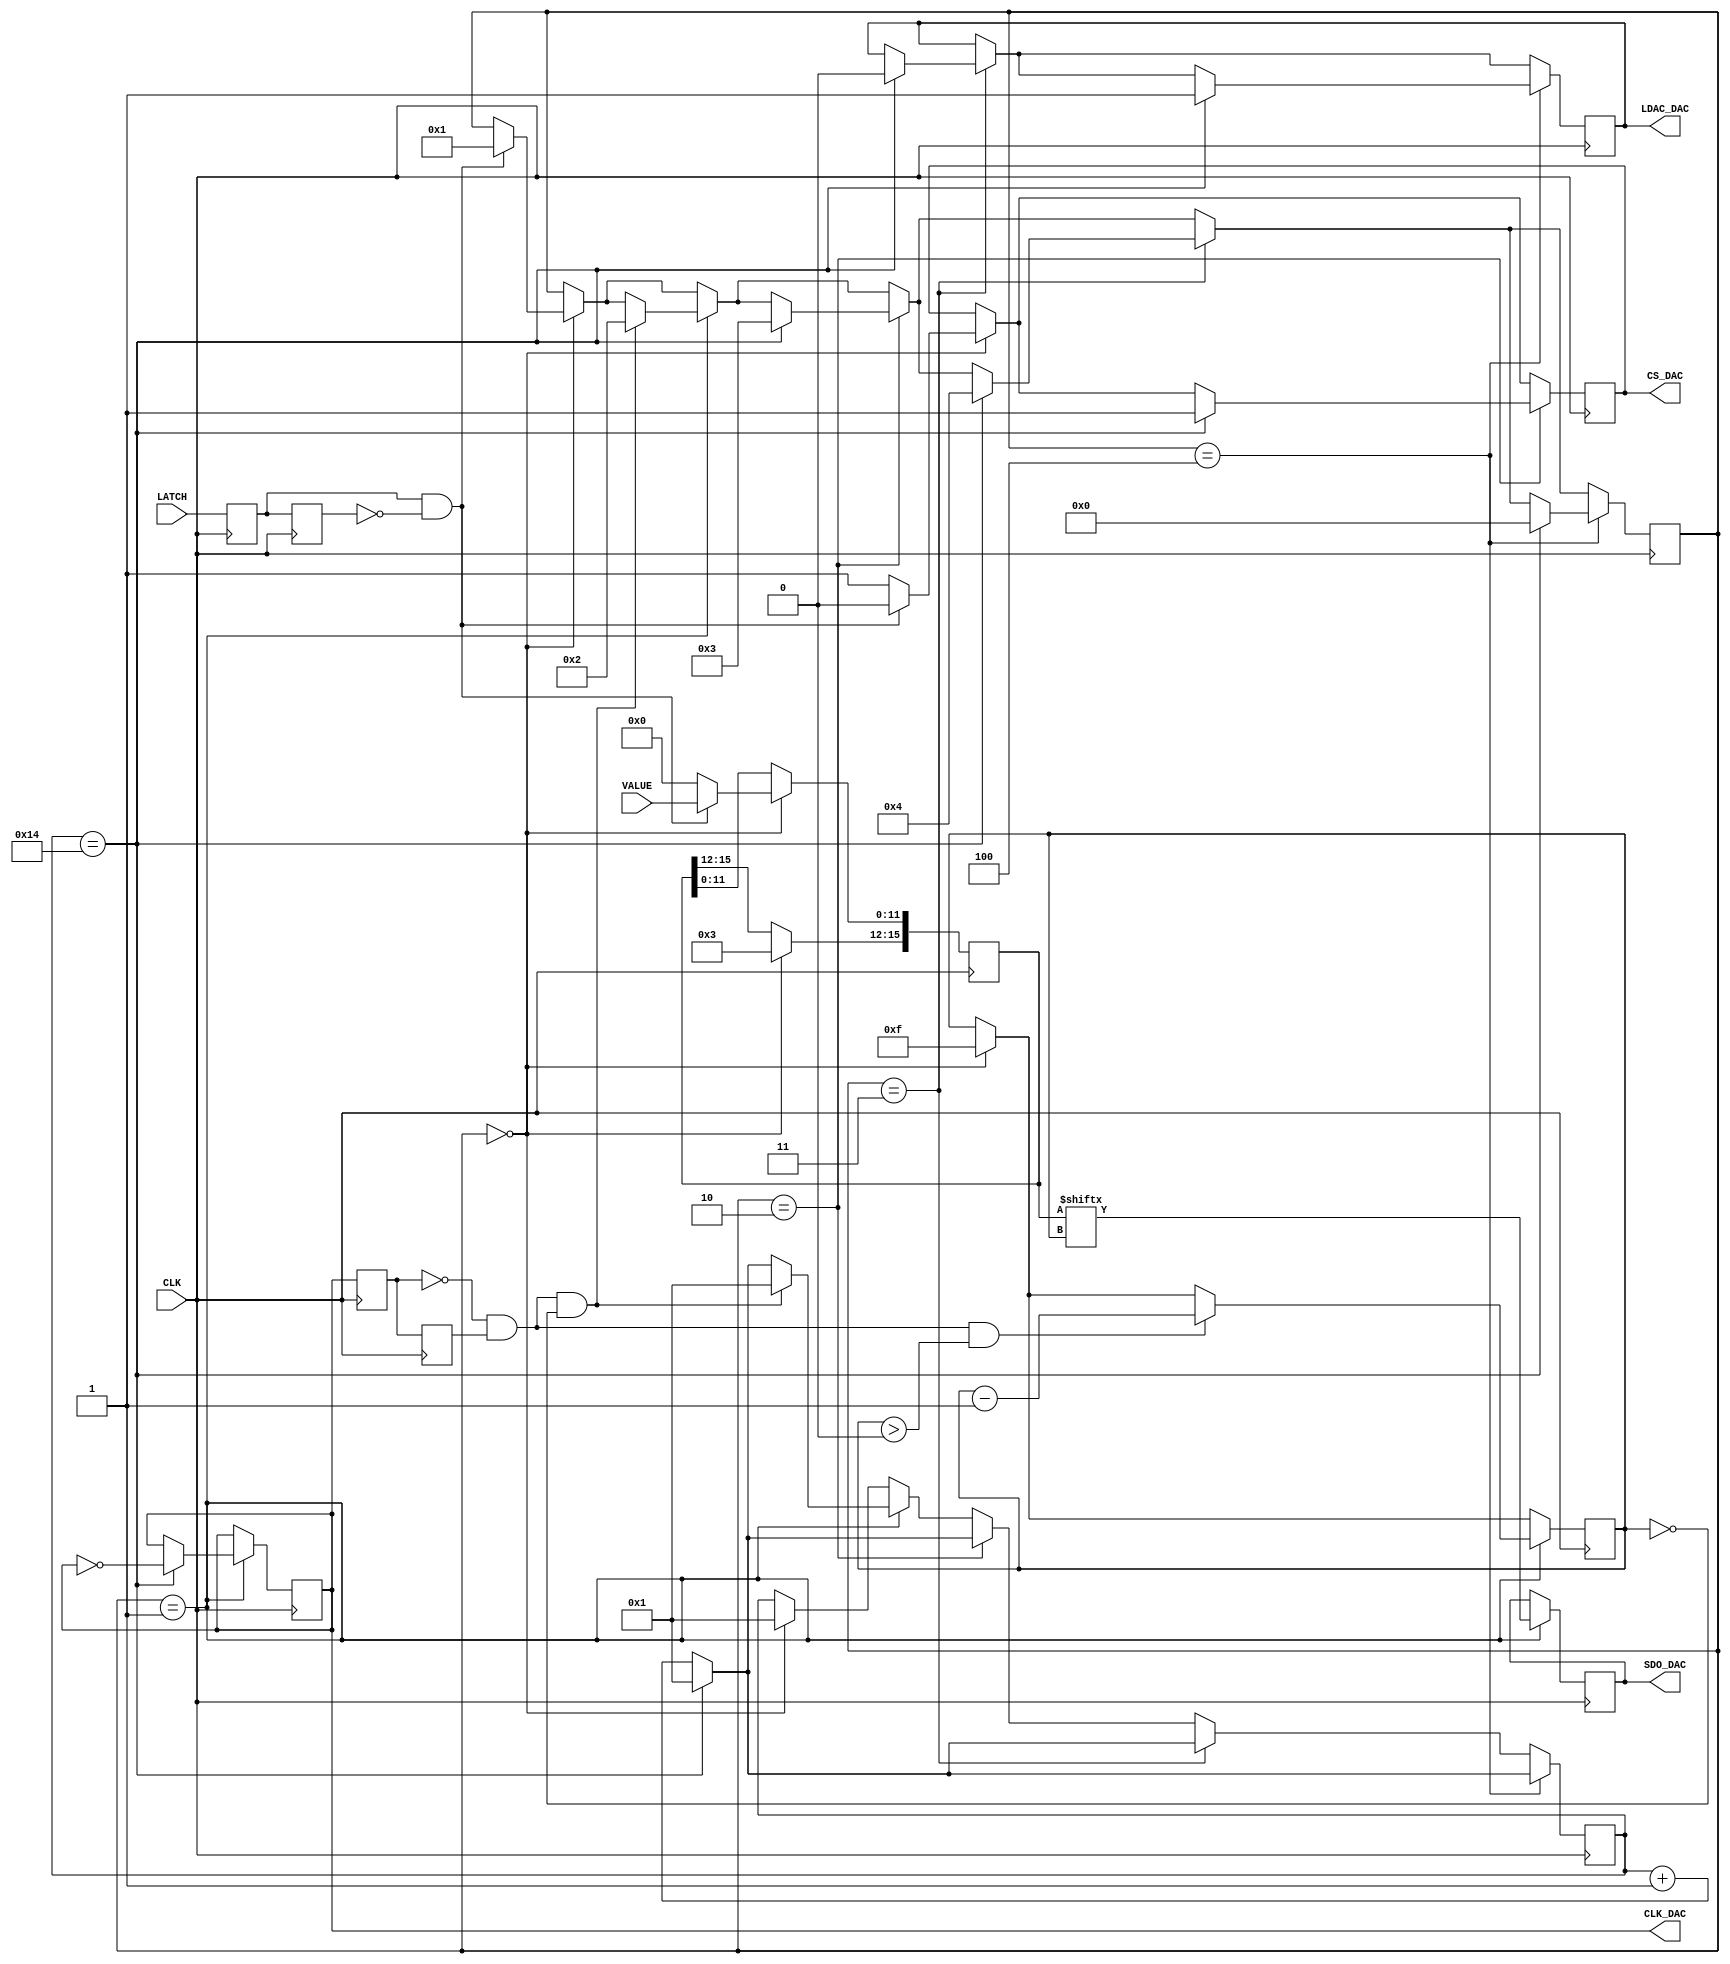
////////////////////////////////////////////////////////////////////////////////////////////
module DAC_MCP4921 (
	input CLK,
	input LATCH,
	input [11:0] VALUE,
	output reg CS_DAC,
	output reg CLK_DAC,
	output reg SDO_DAC,
	output reg LDAC_DAC
	);
	//
	reg [15:0] ctr_clk_delay;
	reg [11:0] index;
	reg [15:0] value_temp;
	reg [4:0] state;
	//
	reg hri1; reg hri2; reg hri3; reg hri4;
	wire latch_start;
	wire clk_dac_re;
	wire clk_dac_fe;	
	//
	assign	latch_start = (hri1 && !hri2);
	assign	clk_dac_re = (hri3 && !hri4);
	assign	clk_dac_fe = (!hri3 && hri4);
	//	
	initial
	begin
		
		CS_DAC <= 1;
		CLK_DAC <= 0;
		SDO_DAC <= 0;
		LDAC_DAC <= 1;
		index <= 15;
		value_temp <= 16'b0011000000000000;// Datasheet S.18
		state <= 0;
		ctr_clk_delay <= 1;
		//
		hri1 <= 0; hri2 <= 0;
	end	
	//
	always	@(posedge CLK)
	begin
	// Impulsauswertung
	hri1 <= LATCH;
	hri2 <= hri1;
	hri3 <= CLK_DAC;
	hri4 <= hri3;
	//
	if (state == 0) 
		begin
		CS_DAC <= 1;
		index <= 15;
		value_temp <= 16'b0011000000000000;// Datasheet S.18
		ctr_clk_delay <= 1;
		//
		if(latch_start) 
			begin
			value_temp[11:0] <= VALUE[11:0];
			CS_DAC <= 0;
			state <= 1;
			end
		//
		end
	//
	if (state == 1) 
		begin
		ctr_clk_delay <= ctr_clk_delay + 1;
		if (ctr_clk_delay == 20) 
			begin
			ctr_clk_delay <= 1;
			CLK_DAC <= !CLK_DAC;
			end
		//
		SDO_DAC <= value_temp[index];
		if (clk_dac_fe && (index > 0)) index <= index - 1;
		//
		if (clk_dac_fe && (index == 0)) 
			begin
			ctr_clk_delay <= 1;
			state <= 2;
			end
		end
	//
	if (state == 2) 
		begin
		ctr_clk_delay <= ctr_clk_delay + 1;
		if (ctr_clk_delay == 20) 
			begin
			ctr_clk_delay <= 1;
			CS_DAC <= 1;
			state <= 3;
			end
		end
	//
	if (state == 3) 
		begin
		ctr_clk_delay <= ctr_clk_delay + 1;
		if (ctr_clk_delay == 20) 
			begin
			ctr_clk_delay <= 1;
			LDAC_DAC <= 0;
			state <= 4;
			end
		end
	//
	if (state == 4) 
		begin
		ctr_clk_delay <= ctr_clk_delay + 1;
		if (ctr_clk_delay == 20) 
			begin
			ctr_clk_delay <= 1;
			LDAC_DAC <= 1;
			state <= 0;
			end
		end
	//
	end
endmodule
////////////////////////////////////////////////////////////////////////////////////////////